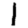
Digit: 1